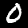
Label: 0